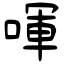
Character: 喗